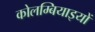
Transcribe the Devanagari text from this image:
कोलम्बियाइयों